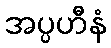
အပ္ပဟီနံ